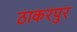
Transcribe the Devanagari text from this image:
ठाकरपुर